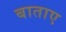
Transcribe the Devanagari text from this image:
बाताए